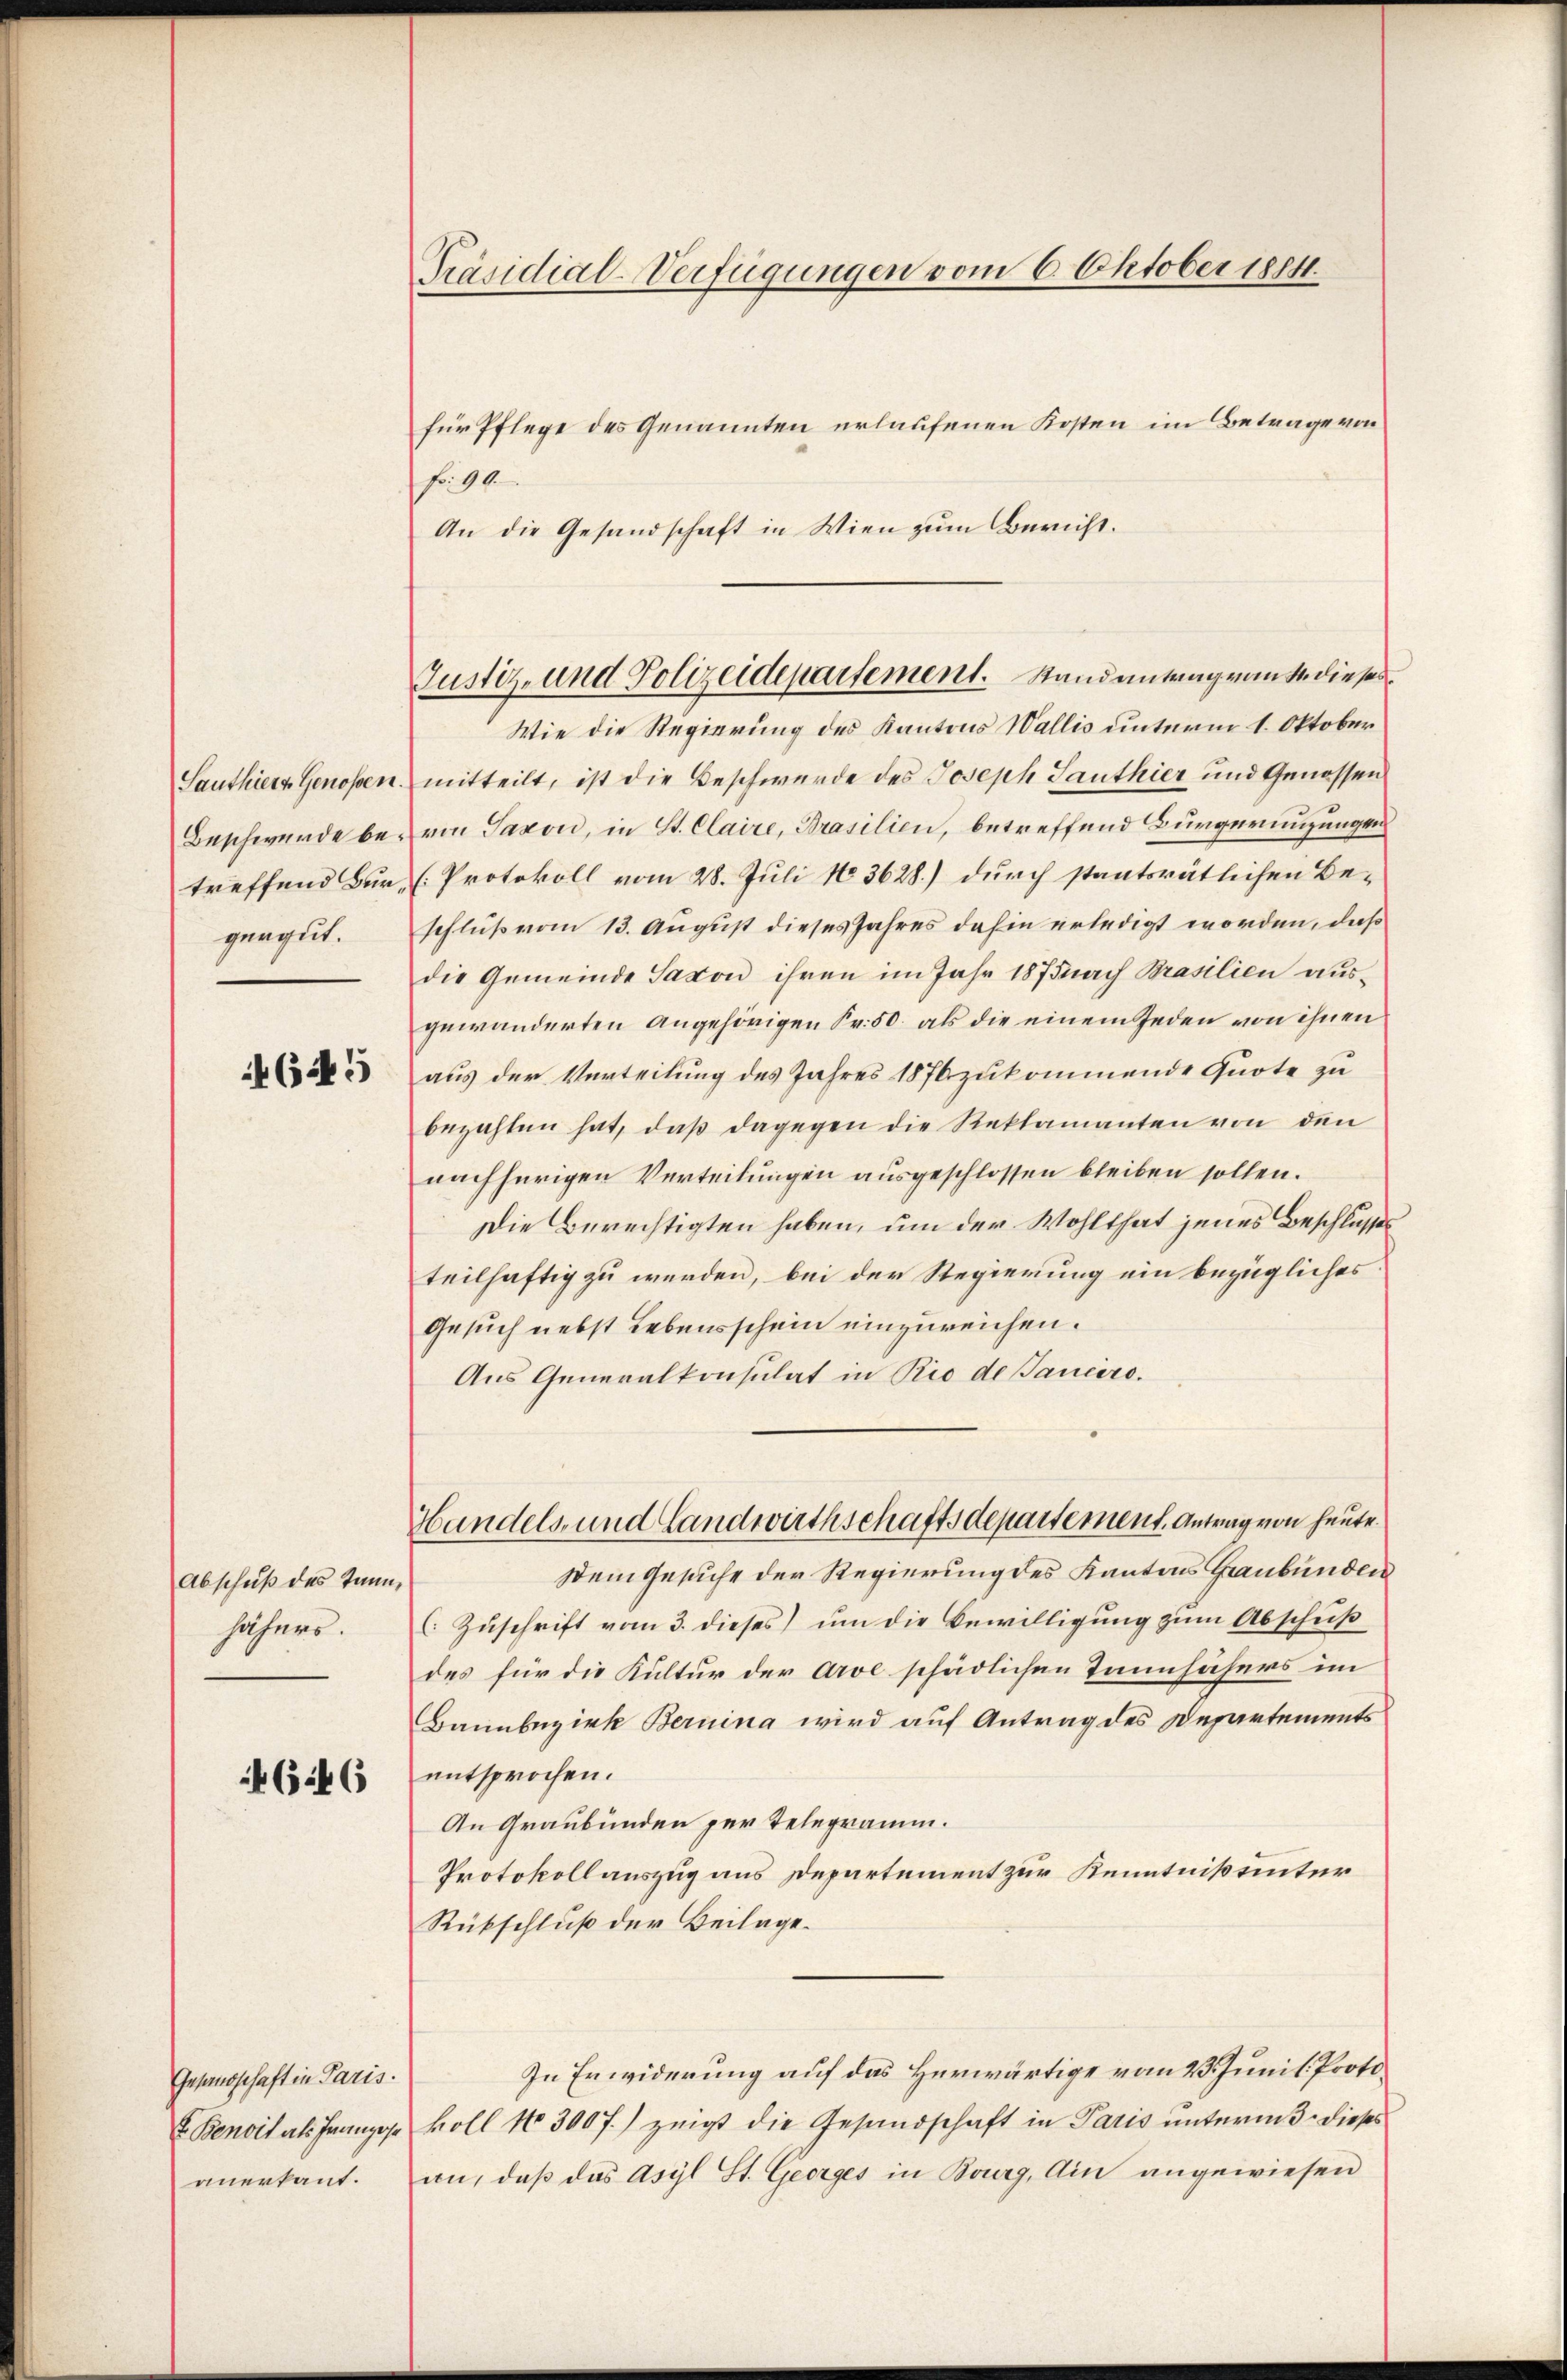
Santhiert Genossen.
Beschwerde betreffend Bürgergut.

4645

Abschuß des Tann,
häfers.

46:46

Gesandschaft in Paris.
E. Benoit als Franzose
anerkannt.

Präsidial-Verfügungen vom 6. Oktober 1884.

Justiz- und Polizeidepartement. Stand antrag von de dieses

für Pflege des Genannten erlaufenen Kosten im Betrage von
fr. 90
An die Gesandschaft in Wien zum Bericht.
Wie die Regierung des Kantons Wallis unterm 1. Oktober
mitteilt, ist die Beschwerde des Joseph Sauthier und Genossen
von Saxon, in St. Claire, Brasilien, betreffend Bürgeringungen
(Protokoll vom 28. Juli 183628.) durch stantsrätlichen Beschluß vom 13. August dieses Jahres dahin erledigt worden, daß
die Gemeinde Saxon ihren im Jahr 1875 nach Brasilien ausgewänderten angehörigen Fr. 50. als die einem Jeden von ihnen
aus der Verteilung des Jahres 1876 zukommende Quote zu
bezahlen hat, daß dagegen die Reklamanten von den
nachherigen Verteilungen ausgeschlossen bleiben sollen.
Die Berechtigten haben, um der Wohlthat jenes Beschlusses
teilhaftig zu werden, bei der Regierung ein bezügliches
Gesuch nebst Lebensschein einzureichen.
Aus Generalkonsulat in Rio de Tanciro.
Handels- und Landwirthschaftsdepartement. Antrag von heute.
Dem Gesuche der Regierung des Kantons Graubünden
C. Zuschrift vom 3. dieses um die Bewilligung zum Abschuß
des für die Kultur der Arve schädlichen Tannsähers im
Bannbezirk Bernina wird auf Antrag des Departements
entsprochen.
An Graubünden per Telegramm.
Protokollauszug aus Departement zur Kenntniß unter
Rückschluß der Beilage.
In Erwiderung auf das Herwärtige vom 23. Juni l. Protokoll No 3007.) zeigt die Gesandschaft in Paris unterm 3. dieses
an, daß das Asyl St. Georges in Bourg, Ain angewiesen